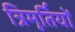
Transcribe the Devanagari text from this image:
त्रिमूर्तियों